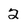
Character: 2